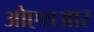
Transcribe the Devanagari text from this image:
ओएसआर